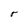
Character: r